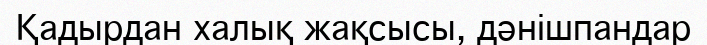
Қадырдан халық жақсысы, дәнішпандар